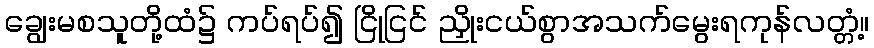
ချွေးမစသူတို့ထံ၌ ကပ်ရပ်၍ ငြိုငြင် ညှိုးငယ်စွာအသက်မွေးရကုန်လတ္တံ့။